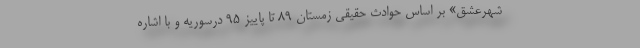
شهرعشق» بر اساس حوادث حقیقی زمستان ۸۹ تا پاییز ۹۵ درسوریه و با اشاره